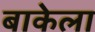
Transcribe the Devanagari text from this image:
बाकेला